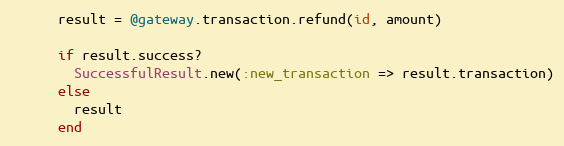
Language: Ruby
      result = @gateway.transaction.refund(id, amount)

      if result.success?
        SuccessfulResult.new(:new_transaction => result.transaction)
      else
        result
      end